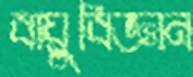
বায়ুবিজ্ঞান